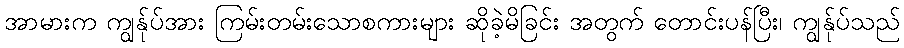
အာမားက ကျွန်ုပ်အား ကြမ်းတမ်းသောစကားများ ဆိုခဲ့မိခြင်း အတွက် တောင်းပန်ပြီး၊ ကျွန်ုပ်သည်